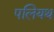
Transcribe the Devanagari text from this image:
पलियथ